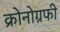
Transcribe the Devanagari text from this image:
क्रोनोग्रफी